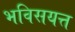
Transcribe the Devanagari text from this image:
भविसयत्त